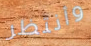
وأنتظر